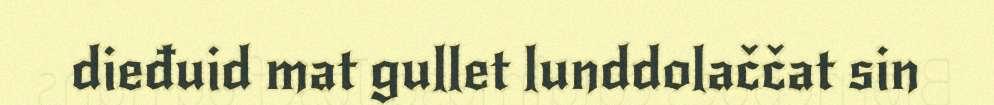
dieđuid mat gullet lunddolaččat sin